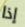
إذا